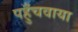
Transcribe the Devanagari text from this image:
पहुँचवाया